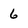
Character: 6